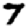
Digit: 7